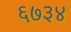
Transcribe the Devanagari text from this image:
६७३४